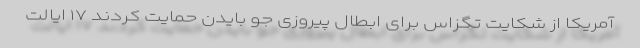
آمریکا از شکایت تگزاس برای ابطال پیروزی جو بایدن حمایت کردند ۱۷ ایالت